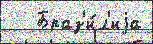
   Браз'и́л'иjа